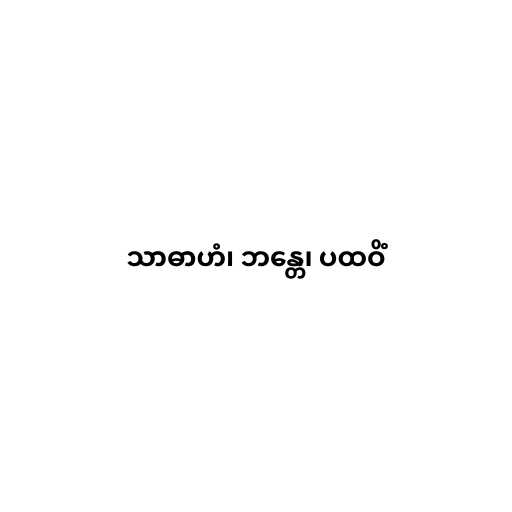
သာဓာဟံ၊ ဘန္တေ၊ ပထဝိံ